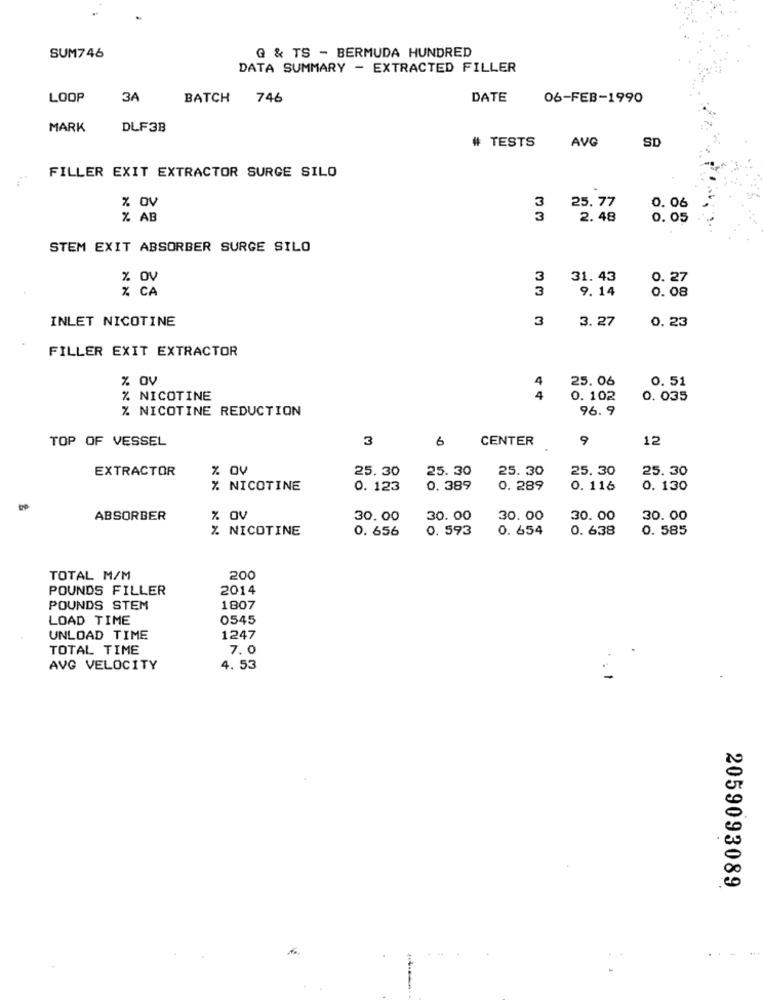
G & TS - BERMUDA HUNDRED
SUM746
DATA SUMMARY - EXTRACTED FILLER
LOOP
3A
BATCH 746
DATE
06-FEB-1990
MARK
DLF3B
# TESTS
AVG
SD
FILLER EXIT EXTRACTOR SURGE SILO
25.77
% Ov
0. 06
% AB
33
2.48
0. 05
STEM EXIT ABSORBER SURGE SILO
% OV
3
31. 43
0. 27
% CA
3
9.14
0.08
INLET NICOTINE
3
3.27
0. 23
FILLER EXIT EXTRACTOR
% Ov
25. 06
0. 51
4
% NICOTINE
4
0. 102
0.035
% NICOTINE REDUCTION
96.9
TOP OF VESSEL
3
6
CENTER
9
12
EXTRACTOR
% OV
25.30
25.30
25. 30
25.30
25.30
% NICOTINE
0. 123
0.389
0. 289
0. 116
0. 130
ABSORBER
% OV
30.00
30. 00
30.00
30.00
30.00
% NICOTINE
0. 656
0.593
0. 654
0. 638
0. 585
TOTAL M/M
200
POUNDS FILLER
2014
POUNDS STEM
1807
LOAD TIME
0545
UNLOAD TIME
1247
TOTAL TIME
7.0
AVG VELOCITY
4. 53
2059093089